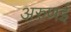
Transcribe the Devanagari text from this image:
अरुणई